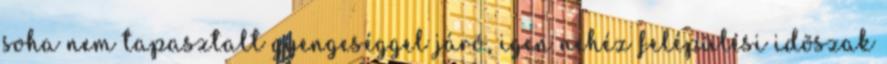
soha nem tapasztalt gyengeséggel járó, igen nehéz felépülési idõszak